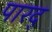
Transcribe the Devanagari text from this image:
पारद्